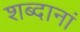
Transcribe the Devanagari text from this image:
शब्दानां